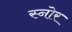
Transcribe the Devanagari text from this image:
स्नोर